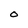
Character: O